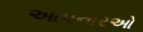
આપનારઓ